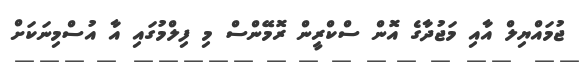
ޖުމައްޔިލް އާއި މަޖުދާގެ އޮން ސްކްރީން ރޮމޭންސް މި ފިލްމުގައި އާ އުސްމިނަކަށް